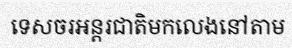
ទេសចរអន្តរជាតិមកលេងនៅតាម